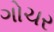
ગોચર